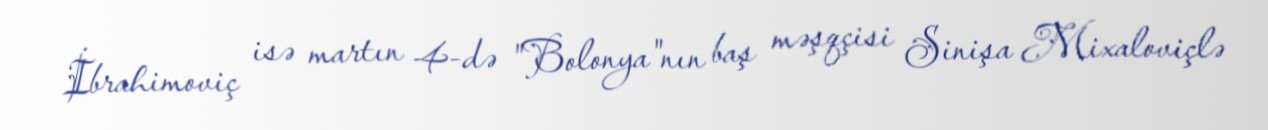
İbrahimoviç isə martın 4-də "Bolonya"nın baş məşqçisi Sinişa Mixaloviçlə